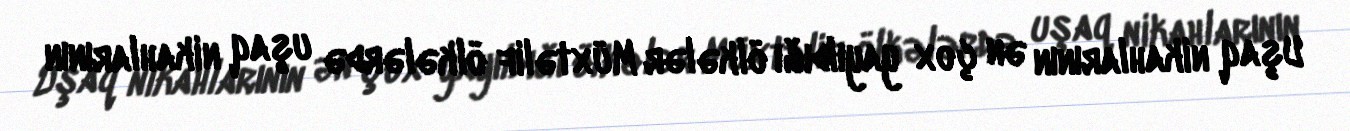
Uşaq nikahlarının ən çox yayıldığı ölkələr Müxtəlif ölkələrdə uşaq nikahlarının